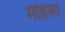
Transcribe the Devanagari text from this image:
मेहिका